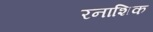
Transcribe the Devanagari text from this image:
रनाशिक